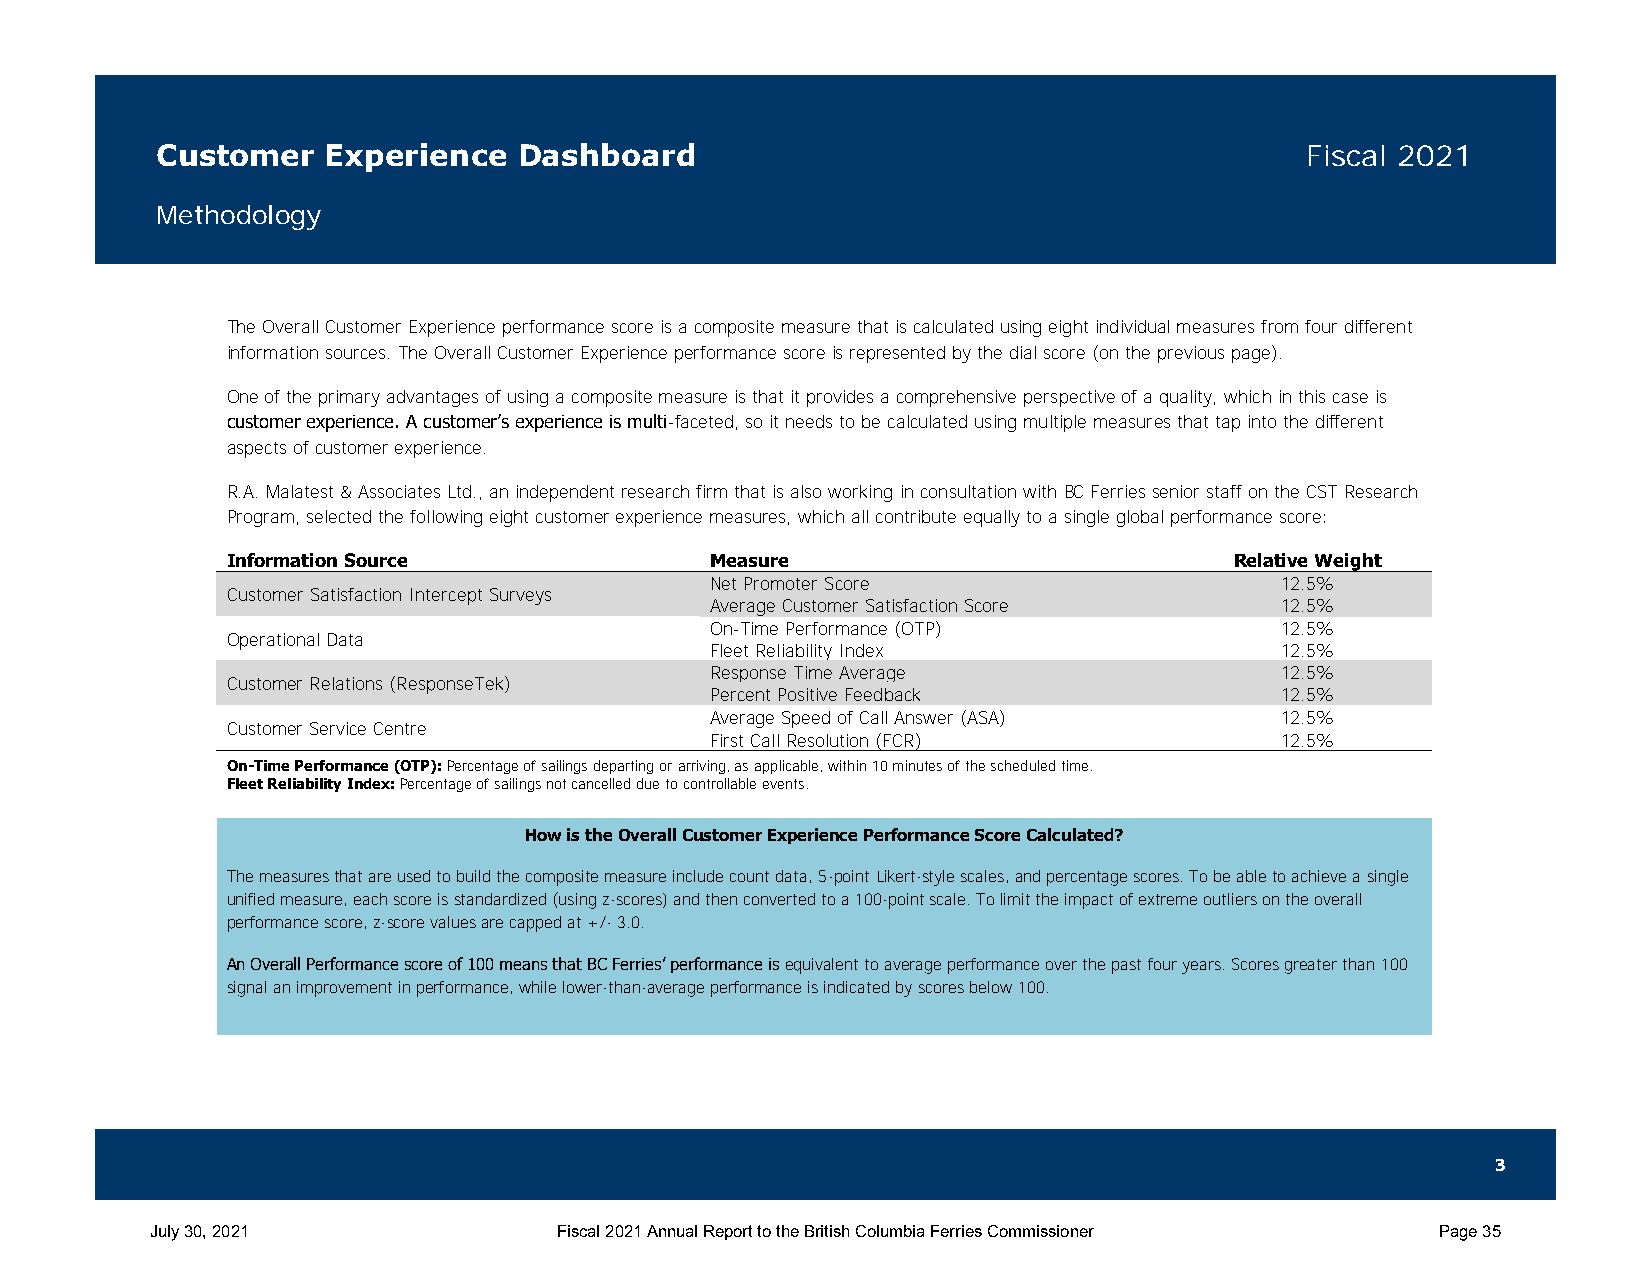
Custome   r Experience  Dashboard                                           Fiscal 2021
 Methodology
 The Overall Customer Experience performance score is a composite measure that is calculated using eight individual measures from four different
 information sources. The Overall Customer Experience performance score is represented by the dial score (on the previous page).
 One of the primary advantages of using a composite measure is that it provides a comprehensive perspective of a quality, which in this case is
 customer experience. A customer’s experience is multi-faceted, so it needs to be calculated using multiple measures that tap into the different
 aspects of customer experience.
 R.A. Malatest & Associates Ltd., an independent research firm that is also working in consultation with BC Ferries senior staff on the CST Research
 Program, selected the following eight customer experience measures, which all contribute equally to a single global performance score:
 Information Source              Measure                            Relative Weight
 Net Promoter Score                    12.5%
 Customer Satisfaction Intercept Surveys
 Average Customer Satisfaction Score   12.5%
 On-Time Performance (OTP)             12.5%
 Operational Data
 Fleet Reliability Index               12.5%
 Response Time Average                 12.5%
 Customer Relations (ResponseTek)
 Percent Positive Feedback             12.5%
 Average Speed of Call Answer (ASA)    12.5%
 Customer Service Centre
 First Call Resolution (FCR)           12.5%
 On-Time Performance (OTP): Percentage of sailings departing or arriving, as applicable, within 10 minutes of the scheduled time.
 Fleet Reliability Index: Percentage of sailings not cancelled due to controllable events.
 How is the Overall Customer Experience Performance Score Calculated?
 The measures that are used to build the composite measure include count data, 5-point Likert-style scales, and percentage scores. To be able to achieve a single
 unified measure, each score is standardized (using z-scores) and then converted to a 100-point scale. To limit the impact of extreme outliers on the overall
 performance score, z-score values are capped at +/- 3.0.
 An Overall Performance score of 100 means that BC Ferries’ performance is equivalent to average performance over the past four years. Scores greater than 100
 signal an improvement in performance, while lower-than-average performance is indicated by scores below 100.
 3
 July 30, 2021              Fiscal 2021 Annual Report to the British Columbia Ferries Commissioner Page 35